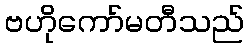
ဗဟိုကော်မတီသည်